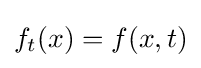
f_{t}(x)=f(x,t)